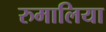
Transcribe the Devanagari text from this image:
रुमालिया